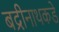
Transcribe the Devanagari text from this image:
बद्रीनाथकडे